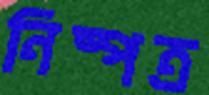
নিষ্পত্র